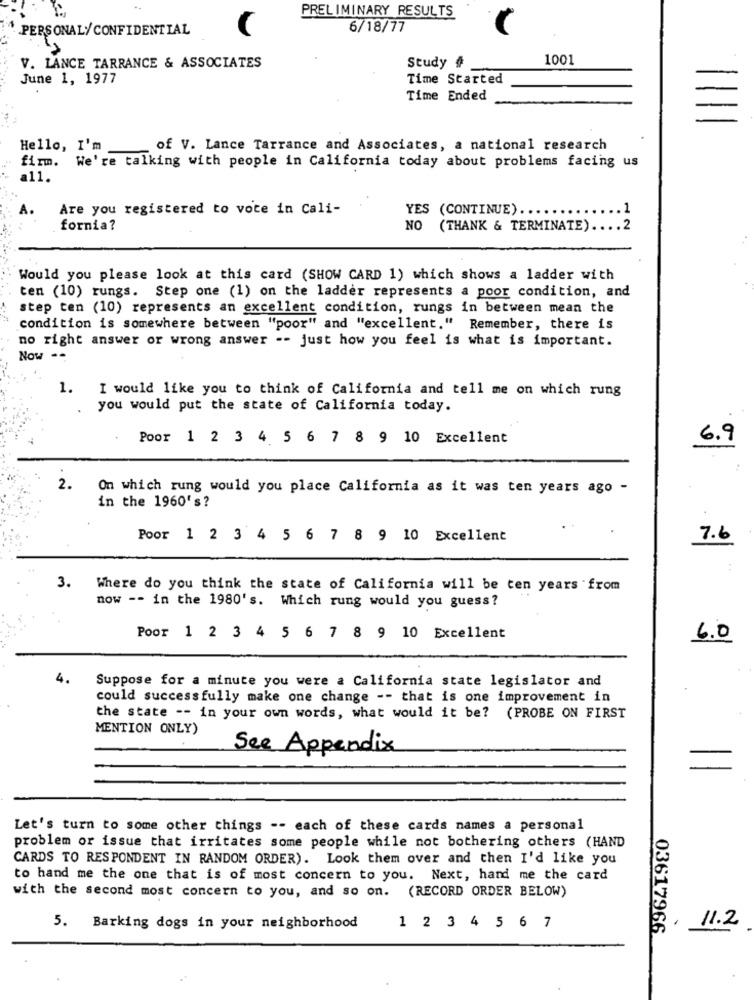
PRELIMINARY RESULTS
PERSONAL/CONFIDENTIAL
6/18/77
Study #
1001
V. LANCE TARRANCE & ASSOCIATES
June 1, 1977
Time Started
Time Ended
...
Hello, I'm
of V. Lance Tarrance and Associates, a national research
firm. We're talking with people in California today about problems facing us
a11.
A.
Are you registered to vote in Cali-
YES (CONTINUE).
.. 1
fornia?
NO (THANK & TERMINATE) .... 2
Would you please look at this card (SHOW CARD 1) which shows a ladder with
ten (10) rungs. Step one (1) on the ladder represents a poor condition, and
step ten (10) represents an excellent condition, rungs in between mean the
condition is somewhere between "poor" and "excellent." Remember, there is
no right answer or wrong answer -- just how you feel is what is important.
Now --
1.
I would like you to think of California and tell me on which rung
you would put the state of California today.
Poor 1 2 3 4 5 6 7 8 9 10 Excellent
6.9
2.
On which rung would you place California as it was ten years ago -
in the 1960's?
Poor 1 2 3 4 5 6 7 8 9 10 Excellent
7.6
:
3. Where do you think the state of California will be ten years from
now -- in the 1980's. Which rung would you guess?
Poor 1 2 3 4 5 6 7 8 9 10 Excellent
6.0
4.
Suppose for a minute you were a California state legislator and
could successfully make one change -- that is one improvement in
the state -- in your own words, what would it be? (PROBE ON FIRST
MENTION ONLY)
See Appendix
Let's turn to some other things -- each of these cards names a personal
problem or issue that irritates some people while not bothering others (HAND
CARDS TO RESPONDENT IN RANDOM ORDER). Look them over and then I'd like you
to hand me the one that is of most concern to you. Next, hand me the card
with the second most concern to you, and so on. (RECORD ORDER BELOW)
11.2
5. Barking dogs in your neighborhood
1 2 3 4 5 6 7
03617966